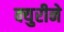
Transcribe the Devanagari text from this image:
क्युरीने